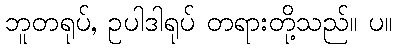
ဘူတရုပ်, ဥပါဒါရုပ် တရားတို့သည်။ ပ။